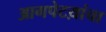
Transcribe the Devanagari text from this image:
आगपेटय़ांचा